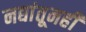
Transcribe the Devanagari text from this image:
नद्यांतूनही